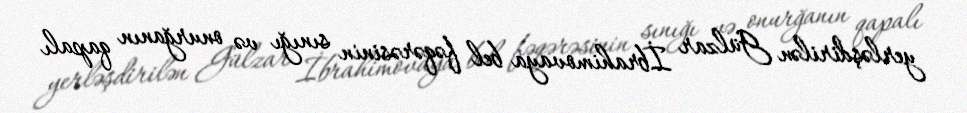
yerləşdirilən Gülzar İbrahimovaya bel fəqərəsinin sınığı və onurğanın qapalı